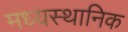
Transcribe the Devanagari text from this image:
मध्यस्थानिक